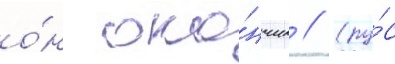
о́н око́нчил // (ру́с